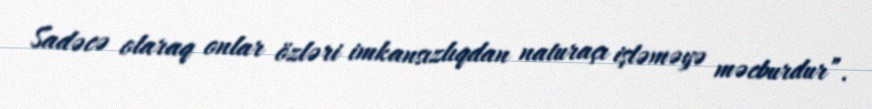
Sadəcə olaraq onlar özləri imkansızlıqdan naturaçı işləməyə məcburdur”.